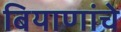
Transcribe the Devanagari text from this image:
बियाणांचे